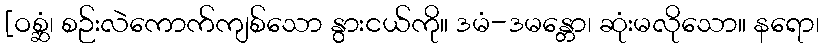
[ဝစ္ဆံ၊ စဉ်းလဲကောက်ကျစ်သော နွားငယ်ကို။ ဒမံ-ဒမန္တော၊ ဆုံးမလိုသော။ နရော၊